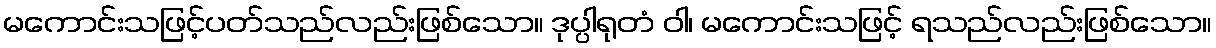
မကောင်းသဖြင့်ပတ်သည်လည်းဖြစ်သော။ ဒုပ္ပါရုတံ ဝါ၊ မကောင်းသဖြင့် ရသည်လည်းဖြစ်သော။